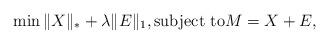
LaTeX: \begin{align*}\min \|X\|_* + \lambda \|E\|_1, \mbox{subject to} M = X + E,\end{align*}